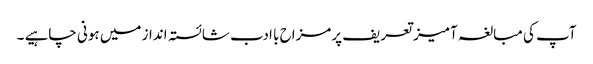
آپ کی مبالغہ آمیز تعریف پرمزاح با ادب شائستہ انداز میں ہونی چاہیے ۔